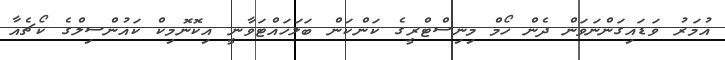
އުމަރު ވަޑައިގަންނަވަން ދެން ހޯމް މިނިސްޓްރީގެ ކަންކަން ބަލަހައްޓަވާނީ އިކޮނޮމިކް ކައުންސިލްގެ ކޯޗެއާ